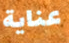
عناية